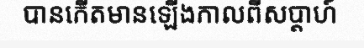
បានកើតមានឡើងកាលពីសប្តាហ៍